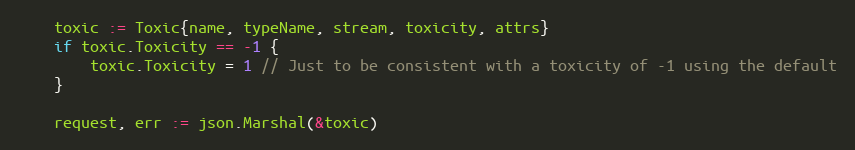
Language: Go
	toxic := Toxic{name, typeName, stream, toxicity, attrs}
	if toxic.Toxicity == -1 {
		toxic.Toxicity = 1 // Just to be consistent with a toxicity of -1 using the default
	}

	request, err := json.Marshal(&toxic)